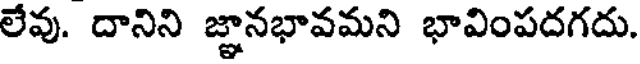
లేవు. దానిని జ్ఞానభావమని భావింపదగదు.